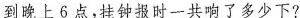
到晚上6点，挂钟报时一共响了多少下?